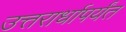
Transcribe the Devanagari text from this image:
उत्तरार्धापर्यंत